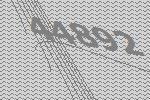
44892